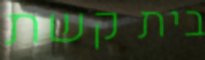
בית קשת